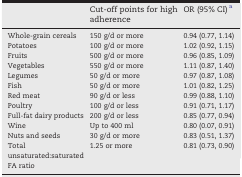
<table><thead><tr><td></td><td><b>Cut-off points for high adherence</b></td><td><b>OR (95% CI)a</b></td></tr></thead><tbody><tr><td>Whole-grain cereals</td><td>150 g/d or more</td><td>0.94 (0.77, 1.14)</td></tr><tr><td>Potatoes</td><td>100 g/d or more</td><td>1.02 (0.92, 1.15)</td></tr><tr><td>Fruits</td><td>500 g/d or more</td><td>0.96 (0.85, 1.09)</td></tr><tr><td>Vegetables</td><td>550 g/d or more</td><td>1.11 (0.87, 1.40)</td></tr><tr><td>Legumes</td><td>50 g/d or more</td><td>0.97 (0.87, 1.08)</td></tr><tr><td>Fish</td><td>50 g/d or more</td><td>1.01 (0.82, 1.25)</td></tr><tr><td>Red meat</td><td>90 g/d or less</td><td>0.99 (0.88, 1.10)</td></tr><tr><td>Poultry</td><td>100 g/d or less</td><td>0.91 (0.71, 1.17)</td></tr><tr><td>Full-fat dairy products</td><td>200 g/d or less</td><td>0.85 (0.77, 0.94)</td></tr><tr><td>Wine</td><td>Up to 400 ml</td><td>0.80 (0.07, 0.91)</td></tr><tr><td>Nuts and seeds</td><td>30 g/d or more</td><td>0.83 (0.51, 1.37)</td></tr><tr><td>Total unsaturated:saturated</td><td>1.25 or more</td><td>0.81 (0.73, 0.90)</td></tr><tr><td>FA ratio</td><td></td><td></td></tr></tbody></table>